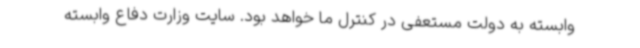
وابسته به دولت مستعفی در کنترل ما خواهد بود. سایت وزارت دفاع وابسته